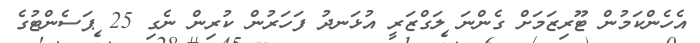
އެހެންކަމުން ޓޫރިޒަމަށް ގެންނަ ލަގްޒަރީ އުޅަނދު ފަހަރުން ކުރިން ނެގި 25 ޕަސެންޓުގެ